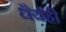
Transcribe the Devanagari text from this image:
धैर्यही